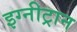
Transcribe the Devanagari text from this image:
इग्नीट्रान